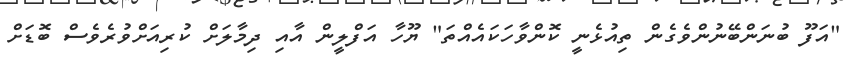
"އަފޫ ބުނަންބޭނުންވެގެން ތިއުޅެނީ ކޮންވާހަކައެއްތަ" ޔޫހާ އަފްލީން އާއި ދިމާލަށް ކުރިއަށްވުރެވެސް ބޮޑަށް